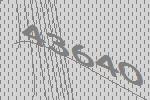
43640